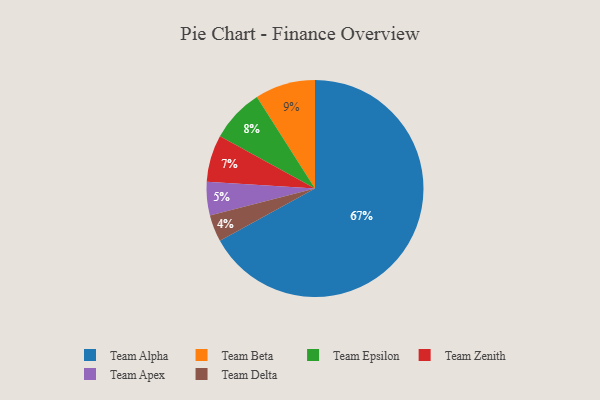
{"axis": {"x": "Category", "y": "Percentage"}, "legend": ["Team Alpha", "Team Apex", "Team Beta", "Team Delta", "Team Epsilon", "Team Zenith"], "data": [{"x": "Team Delta", "y": 4, "type": "Team Delta"}, {"x": "Team Zenith", "y": 7, "type": "Team Zenith"}, {"x": "Team Beta", "y": 9, "type": "Team Beta"}, {"x": "Team Epsilon", "y": 8, "type": "Team Epsilon"}, {"x": "Team Apex", "y": 5, "type": "Team Apex"}, {"x": "Team Alpha", "y": 67, "type": "Team Alpha"}]}